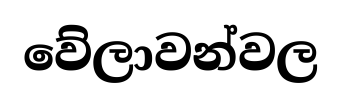
වේලාවන්වල